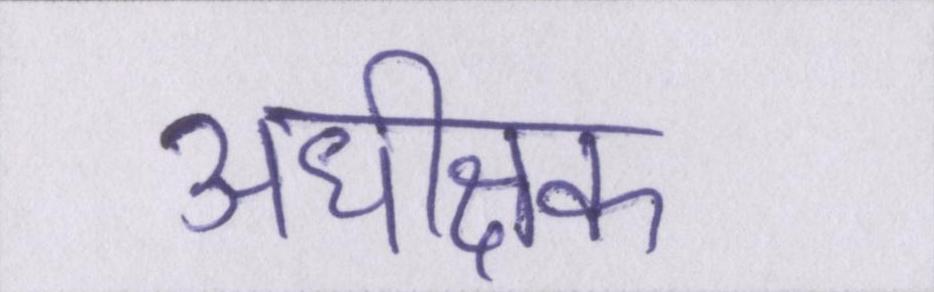
अधीक्षक